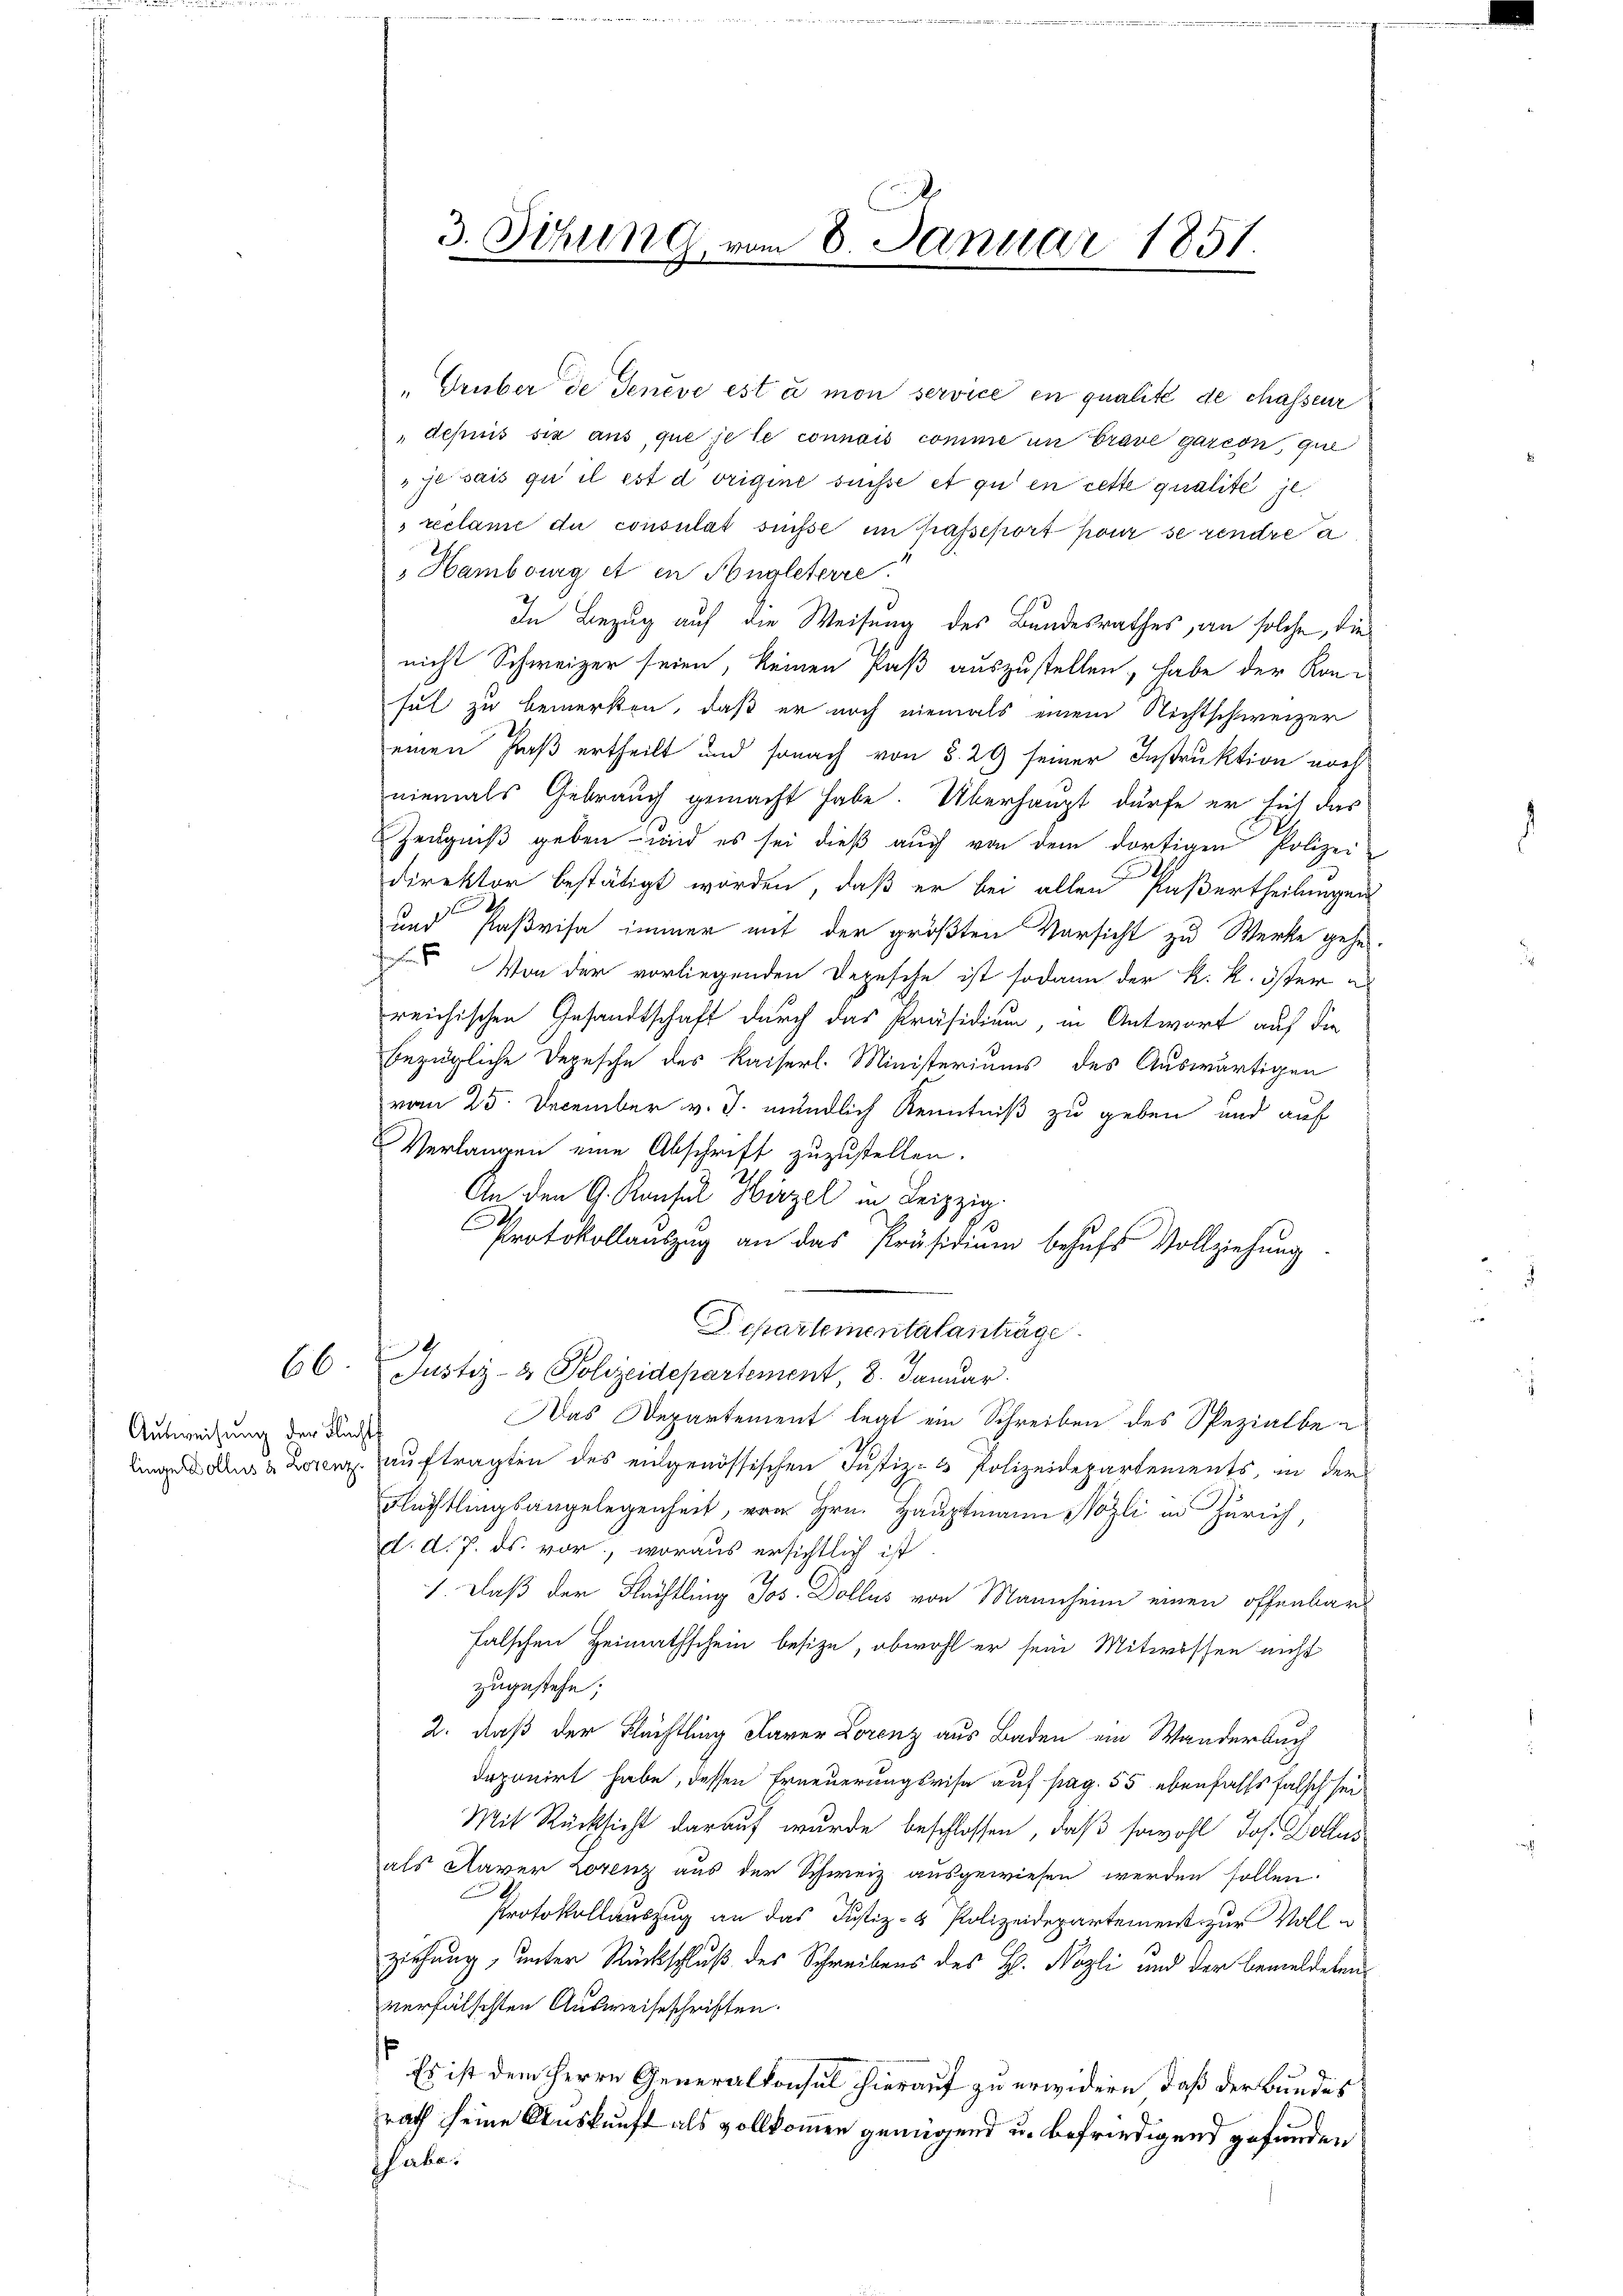
66

Ausweisung der Flucht
linge Dollus & Lorenz

3. Sitzung, vom 8. Januar 1851.

"Grüber de Genève est à mon service en qualité de chasseur
depuis sie aus, que je le connais comme in Crave garcon, que
 ze sais qu il est d origine süsse et qui en cette qualite je
reclame du consulat süsse im Kasseport pour se rendrea
 Hambourg et in Hengleterre
In Bezug auf die Weisung des Bundesrathes, an solche, die
nicht Schweizer seien, keinen Paß auszustellen, habe der Kon-
sul zu bemerken, daß er noch niemals einem Nichtschweizer
einen Faß ertheilt und sonach von §. 29 seiner Instruktion noch
niemals Gebrauch gemacht habe. Überhaupt dürfe er hit das
Zeugniß geben – wird es sei dieß auch von dem dortigen Polizei
Direktor bestätigt worden, daß er bei allen Paßertheilungen
und Paßvisa immer mit der größten Vorsicht zu Werke gehe.
 Von der vorliegenden Depesche ist sodann der k. k. öster
reichischen Gesandtschaft durch das Präsidium, in Antwort auf die
bezügliche Depesche des Kaiserl. Ministeriums des Auswärtigen
vom 25. December v. J. mündlich Kenntniß zu geben und auf
Verlangen eine Abschrift zuzustellen.
An den G. Konsul Hirzel in Leipzig
Protokollauszug an das Präsidium behufs Vollziehung
Departementalanträge.
4
Justiz- & Polizeidepartement 8. Januar
Das Departement legt ein Schreiben des Spezialbeauftragten des eidgenössischen Justiz- & Polizeidepartements, in der
Flüchtlingsangelegenheit, von Hrn. Hauptmann Nözli in Zürich,
d. d. 7. ds. vor, woraus ersichtlich ist.
1. Daß der Flüchtling Jos. Dollus von Mannheim einen offenbar
falschen Heimathschein besize, obwohl er sein Mitwossen nicht
zugestehe;
2. daß der Flächtling Parer Lorenz aus Baden ein Wanderbuch
deponirt habe, dessen Erneuerungsrise auf pag. 55 ebenfalls falsch sei
Mit Rücksicht darauf wurde beschlossen, daß sowohl Jos. Kollus
als Naver Lorenz aus der Schweiz ausgewiesen werden sollen.
Protokollauszug an das Justiz- & Polizeidepartement zur Vollziehung, unter Rückschluß des Schreibens des H. Nözli und der bemeldetenverfälschten Ausweiseschriften.
¬
Es ist dem Herrn Generalkonsul hierauf zu erwidern, daß der Bundes
rath seine Auskunft als vollkommen genügend u. befriedigend gefunden
ahe.